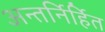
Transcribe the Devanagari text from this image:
अन्तर्निर्हित